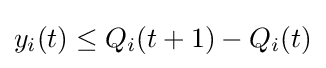
y_{i}(t)\leq Q_{i}(t+1)-Q_{i}(t)